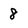
Character: 8